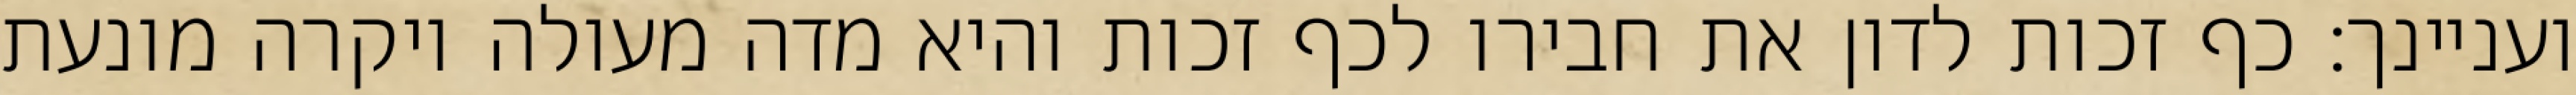
ועניינך: כף זכות לדון את חבירו לכף זכות והיא מדה מעולה ויקרה מונעת